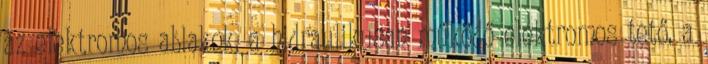
az elektromos ablakok, a hidraulikusan működő elektromos tető, a